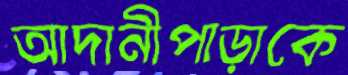
আদানীপাড়াকে